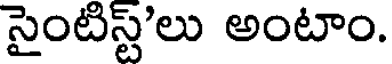
సైంటిస్ట్'లు అంటాం.